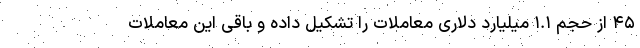
۴۵ از حجم ۱.۱ میلیارد دلاری معاملات را تشکیل داده و باقی این معاملات